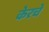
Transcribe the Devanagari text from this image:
केरचे